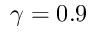
\gamma = 0 . 9